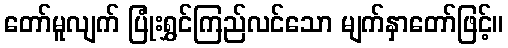
တော်မူလျက် ပြုံးရွှင်ကြည်လင်သော မျက်နှာတော်ဖြင့်။